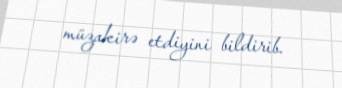
müzakirə etdiyini bildirib.